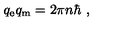
q _ { \mathrm { e } } q _ { \mathrm { m } } = 2 \pi n \hbar \ ,